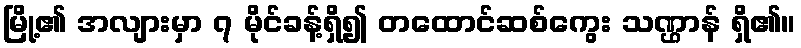
မြို့၏ အလျားမှာ ၇ မိုင်ခန့်ရှိ၍ တထောင်ဆစ်ကွေး သဏ္ဌာန် ရှိ၏။